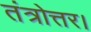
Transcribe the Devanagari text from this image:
तंत्रोत्तर।